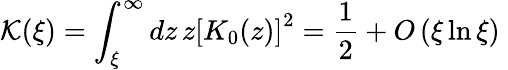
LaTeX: {\mathcal K}(\xi)=\int_{\xi}^{\infty}dz\, z\left[K_{0}(z)\right]^{2}=\frac{1}{2}+O\left(\xi\ln\xi\right)\;